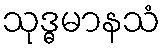
သုဒ္ဓမာနသံ